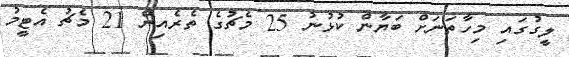
ލީގުގައި މިހާތަނަށް ބަޔާން ކުޅުނު 25 މެޗުގެ ތެރެއިން 21 މެޗު އެޓީމު